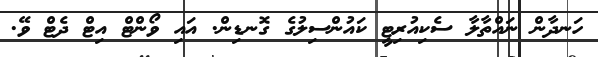
ހަނދާން ނައްތާލާ ސެކިއުރިޓީ ކައުންސިލުގެ ގޮނޑިން. އައި ވޯންޓް އިޓް ދެޓް ވޭ.